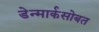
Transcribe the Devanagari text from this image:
डेन्मार्कसोबत